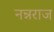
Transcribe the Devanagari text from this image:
नन्नराज